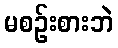
မစဉ်းစားဘဲ